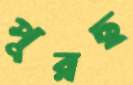
পুরছ